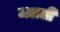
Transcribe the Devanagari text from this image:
जलतीं